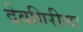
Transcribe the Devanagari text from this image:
देवगिरीला